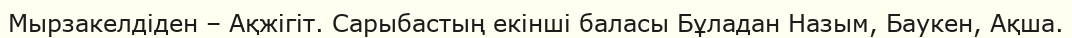
Мырзакелдіден – Ақжігіт. Сарыбастың екінші баласы Бұладан Назым, Баукен, Ақша.